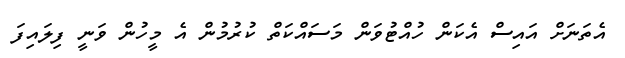
އެތަނަށް އައިސް އެކަން ހުއްޓުވަން މަސައްކަތް ކުރުމުން އެ މީހުން ވަނީ ފިލައިފަ